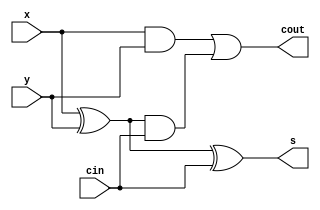
module FA (
    input   wire     x,
    input   wire     y,
    input   wire     cin,

    output  wire     s,
    output  wire     cout
);

assign s = x ^ y ^ cin;
assign cout = x & y | (x ^ y) & cin;

endmodule